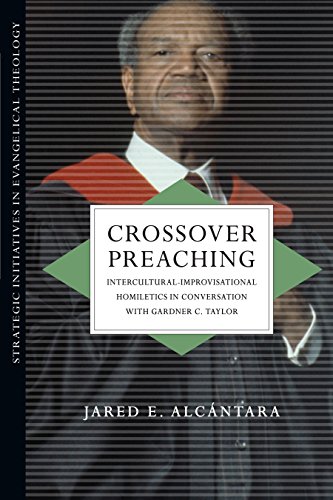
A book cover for Crossover Preaching: Intercultural-Improvisational Homiletics in Conversation with Gardner C. Taylor (Strategic Initiatives in Evangelical Theology); Jared E. AlcÃ¡ntara; Christian Books & Bibles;